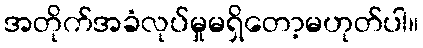
အတိုက်အခံလုပ်မှုမရှိတော့မဟုတ်ပါ။